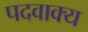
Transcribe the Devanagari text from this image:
पदवाक्य